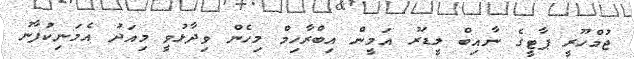
ޖުމްހޫރީ ޕާޓީގެ ނާއިބް ލީޑަރު އަމީން އިބްރާހިމް މިހެން ވިދާޅުވީ މިއަދު އެމަނިކުފާނު